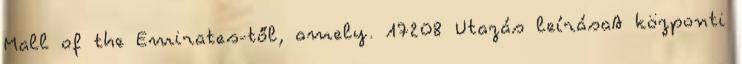
Mall of the Emirates-től, amely. 17208 Utazás leírásaA központi